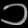
Digit: ၁